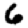
Digit: 6